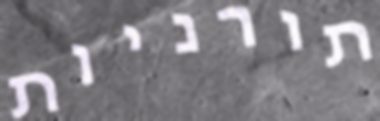
תורניות